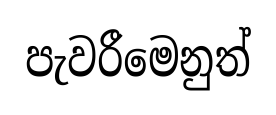
පැවරීමෙනුත්